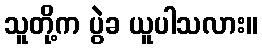
သူတို့က ပွဲခ ယူပါသလား။